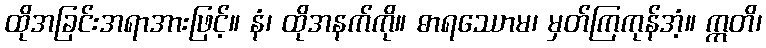
ထိုအခြင်းအရာအားဖြင့်။ နံ၊ ထိုအနက်ကို။ ဓာရဿောမ၊ မှတ်ကြကုန်အံ့။ ဣတိ၊